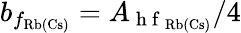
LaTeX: b_{f_{\mathrm{Rb(Cs)}}}=A_{\mathrm{~h~f~}_{\mathrm{Rb(Cs)}}}/4